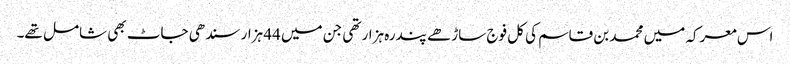
اس معرکہ میں محمد بن قاسم کی کل فوج ساڑھے پندرہ ہزار تھی جن میں 44 ہزار سندھی جاٹ بھی شامل تھے۔